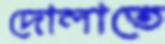
দোলাতে